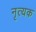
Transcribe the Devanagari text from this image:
नृत्यक